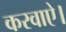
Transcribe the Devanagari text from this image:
करवाऐ।